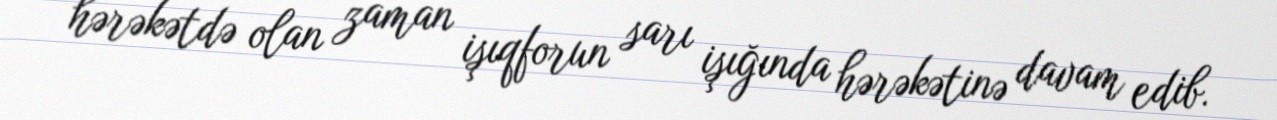
hərəkətdə olan zaman işıqforun sarı işığında hərəkətinə davam edib.